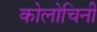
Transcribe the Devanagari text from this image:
कोलोचिनी